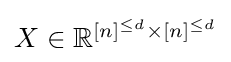
{\textstyle X\in \mathbb {R} ^{[n]^{\leq d}\times [n]^{\leq d}}}